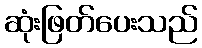
ဆုံးဖြတ်ပေးသည်